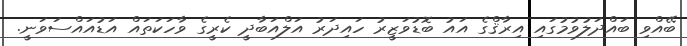
ބޭއްވި ބައްދަލުވުމުގައި އިރާޤްގެ އައު ބޮޑުވަޒީރު ހައިދަރު އަލްއަބާދީ ކެރީގެ ވާހަކަތައް އަޑުއައްސަވަނީ.